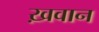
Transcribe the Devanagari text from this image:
ख़वान